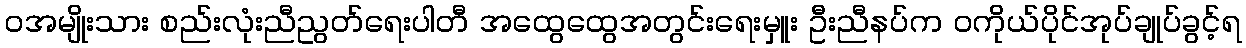
၀အမျိုးသား စည်းလုံးညီညွတ်ရေးပါတီ အထွေထွေအတွင်းရေးမှူး ဦးညီနပ်က ဝကိုယ်ပိုင်အုပ်ချုပ်ခွင့်ရ